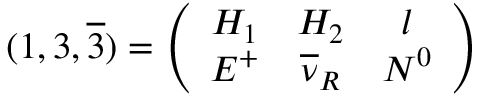
( 1 , 3 , \overline { { { 3 } } } ) = \left( \begin{array} { c c c } { { H _ { 1 } } } & { { H _ { 2 } } } & { { l } } \\ { { E ^ { + } } } & { { \overline { { { \nu } } } _ { R } } } & { { N ^ { 0 } } } \end{array} \right)